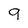
Character: 9